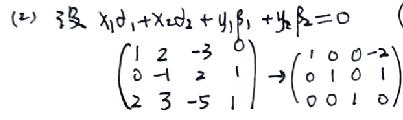
(2) 设 \(x_{1}\alpha _{1}+x_{2}\alpha _{2}+y_{1}\beta _{1}+y_{2}\beta _{2}=0\)
\[
\begin{pmatrix}
1 & 2 & -3 & 0 \\
0 & -1 & 2 & 1 \\
2 & 3 & -5 & 1
\end{pmatrix}
\rightarrow
\begin{pmatrix}
1 & 0 & 0 & -2 \\
0 & 1 & 0 & 1 \\
0 & 0 & 1 & 0
\end{pmatrix}
\]